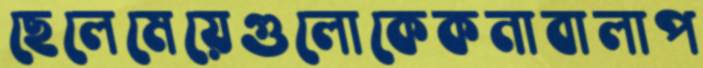
ছেলেমেয়েগুলোকেকনাবালাপ